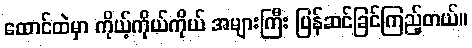
ထောင်ထဲမှာ ကိုယ့်ကိုယ်ကိုယ် အများကြီး ပြန်ဆင်ခြင်ကြည့်တယ်။